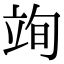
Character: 𮄮